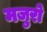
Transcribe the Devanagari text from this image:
मजुरो